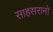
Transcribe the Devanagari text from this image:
साहसरानो